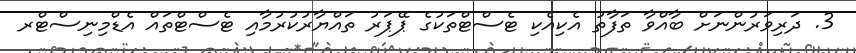
3. ދަރިވަރުންނަށް ބާއްވާ ތަފާތު އެކިއެކި ޓެސްޓްތަކުގެ ޕޭޕަރު ތައްޔާރުކުރުމާއި ޓެސްޓްތައް އެޑްމިނިސްޓްރ